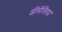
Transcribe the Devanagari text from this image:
डीमेंसिया